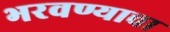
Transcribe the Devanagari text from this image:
भरवण्याचा